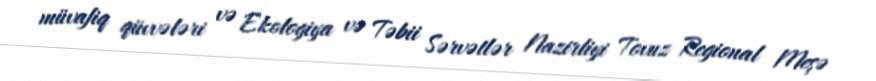
müvafiq qüvvələri və Ekologiya və Təbii Sərvətlər Nazirliyi Tovuz Regional Meşə